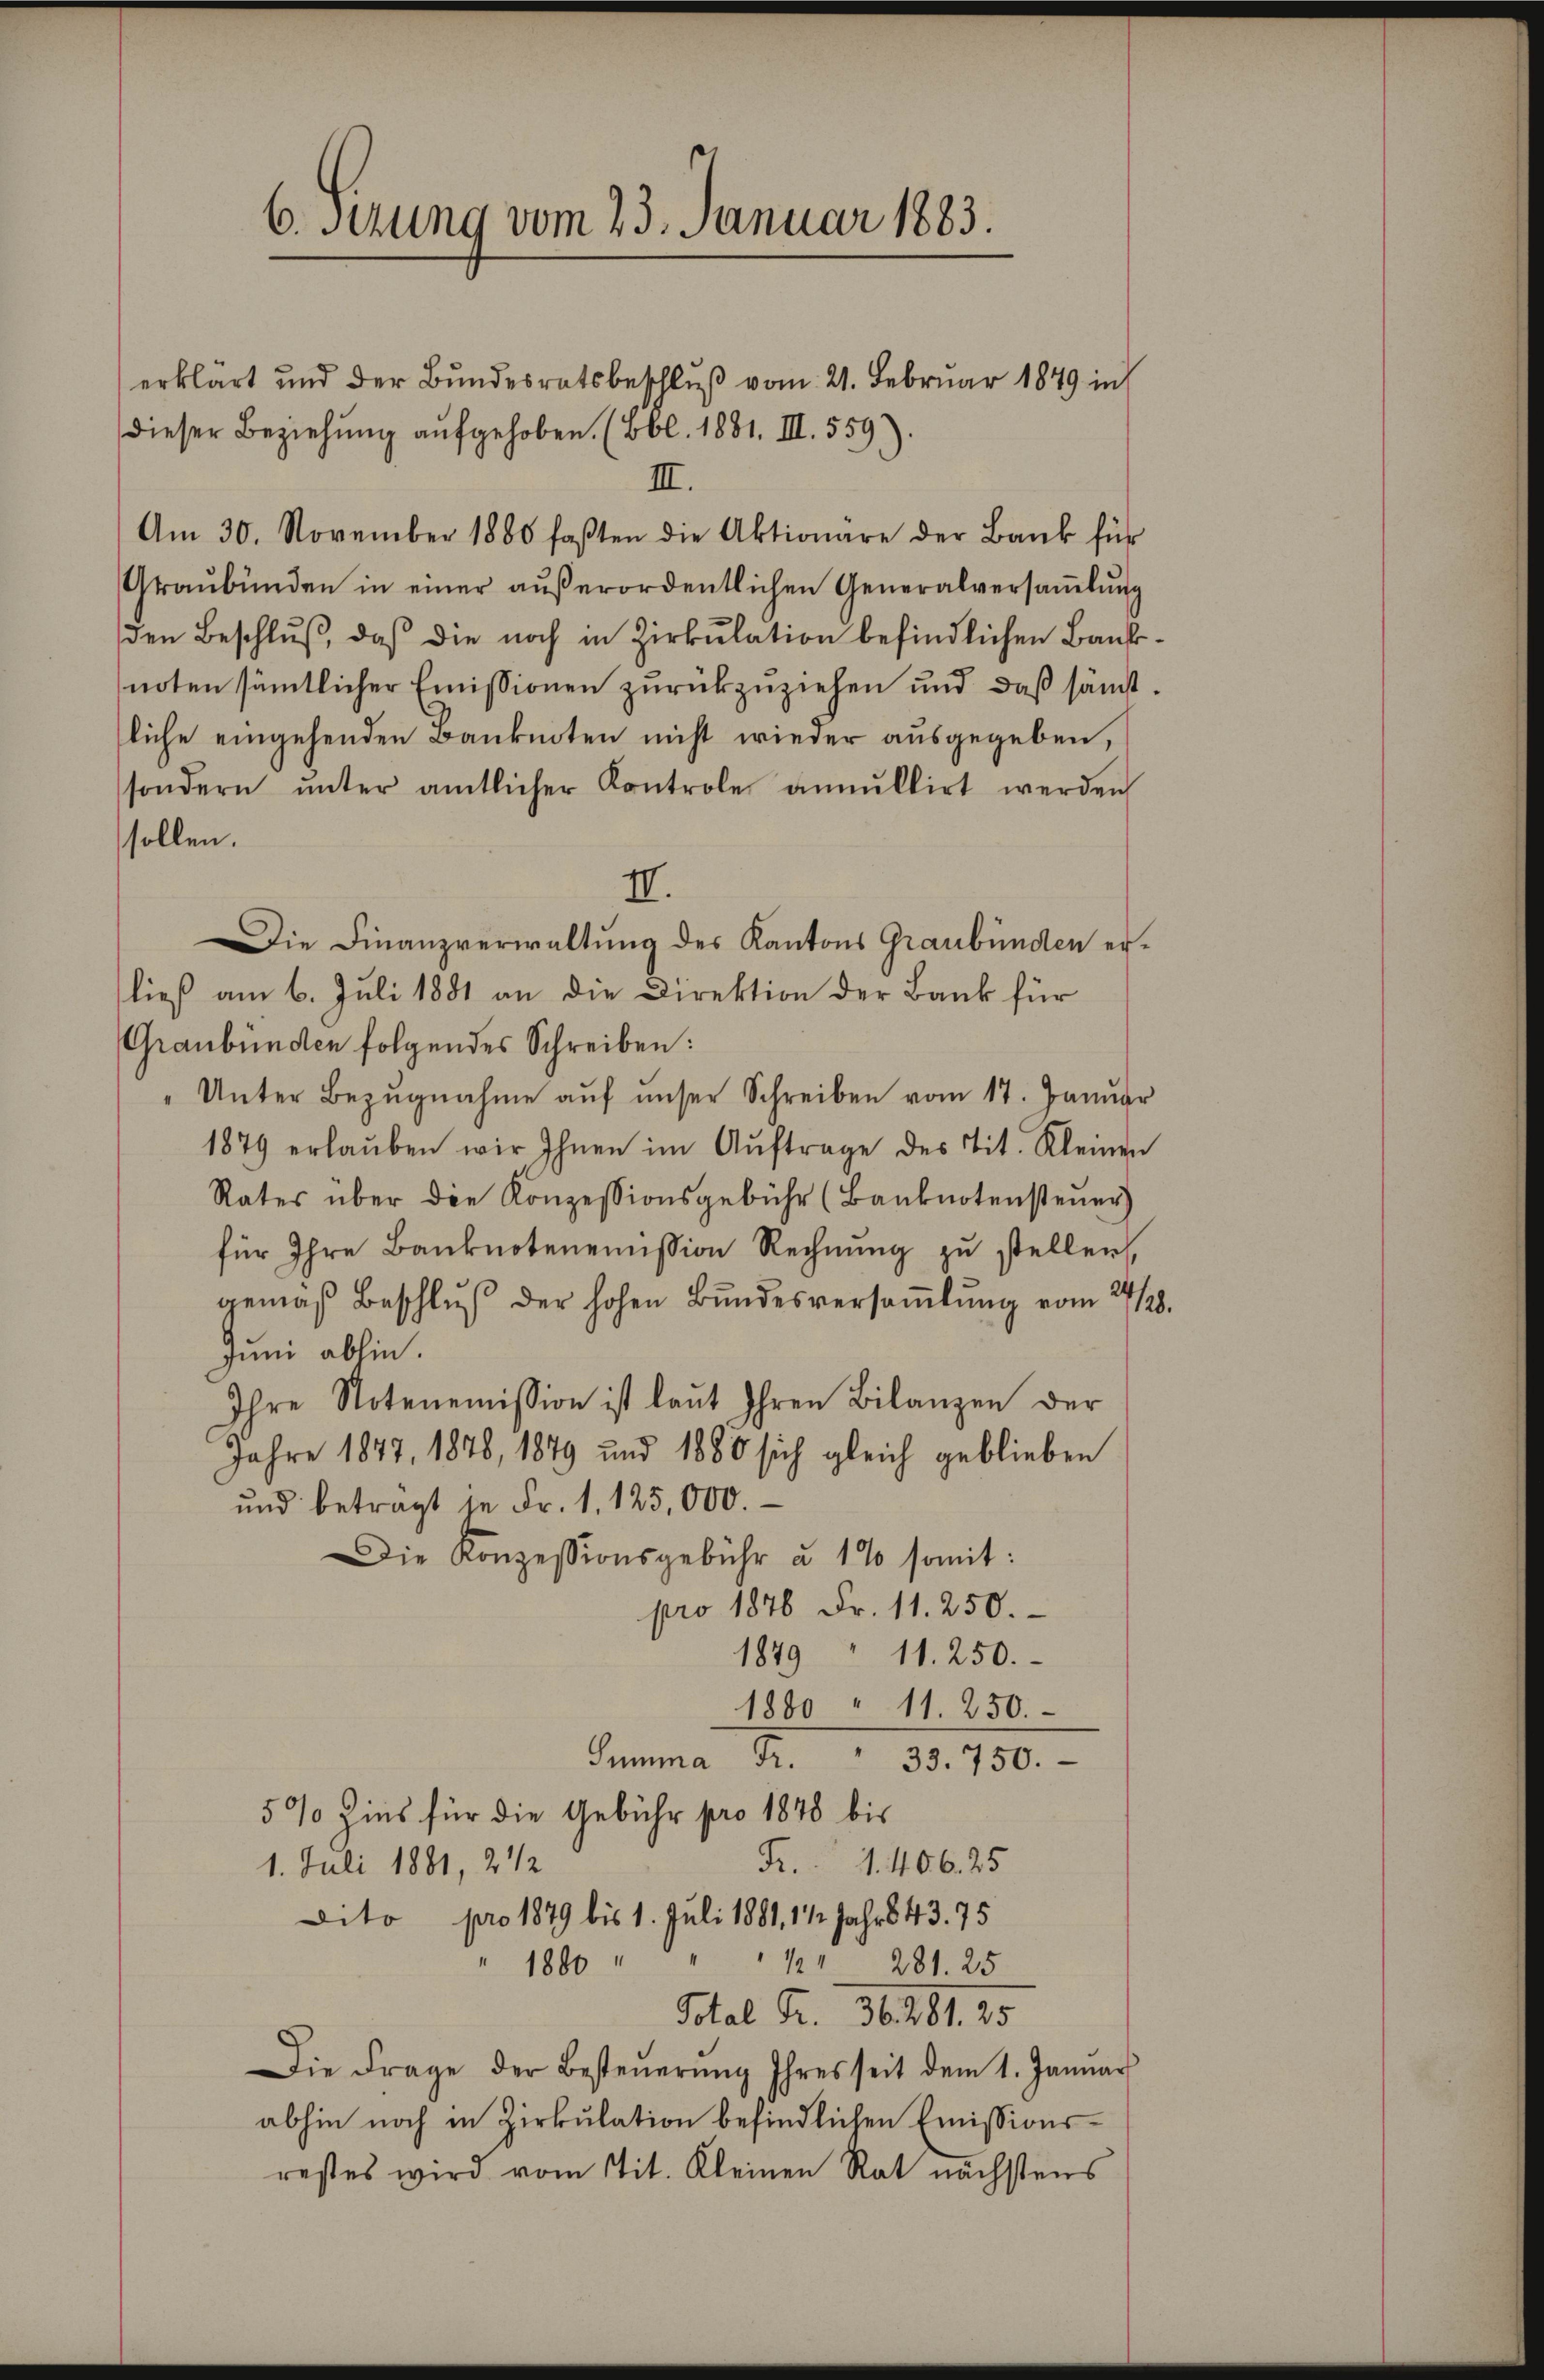
6. Sezung vom 23. Januar 1883.

erklärt und der Bundesratsbeschluß vom 21. Februar 1849 in
dieser Beziehung aufgehoben. (Bbl. 1881. III. 559).
III.
Am 30. November 1880 faßten die Aktionare der Bank für
Graŭbünden in einer aŭβerordentlichen Generalversaṁlŭng
den Beschluß, daß die noch in Zirkulation befindlichen Banknoten sämmtlicher Emissionen zurückzuziehen und daß sämtliche eingehenden Banknoten nicht wieder ausgegeben,
sondern ŭnter amtlicher Kontrole annullirt werden
sollen.
II.
Die Finanzverwaltung des Kantons Graubünden erließ am 6. Juli 1881 an die Direktion der Bank für
Graubünden folgendes Schreiben:
Unter Bezŭgnahme aŭf unser Schreiben vom 17. Januar
1879 erlaŭben wir Ihnen im Aŭftrage des tit. Kleinen
Rates über die Konzessionsgebühr (Banknotensteŭer)
für Ihre Banknotenemission Rechnung zu stellen,
gemäß Beschluß der hohen Bundesversaṁlŭng vom 4/28.
Juni abhin.
Ihre Notenemission ist laŭt Ihren Bilanzen der
Jahre 1847, 1878, 1879 und 1880 sich gleich geblieben
und betragt se Fr. 1. 125,000.
Die Konzessionsgebühr à 1% somit:
pro 1876 Fr. 11. 250.
1849 " 11. 250.
1880 " 11. 250.
Bemma 1. Bd. 130.
5% Zins für die Gebühr pro 1848 bis
Fr. 1. 406. 25
1. Juli 1881, 2 1/2
Dito pro 1879 bis 1. Juli 1881, 112 Jahr 43. 75
1. 281. 25
1880
Total Fr. 36. 281. 25
Die Frage der Besteŭerŭng Ihres seit dem 1. Januar
abhin noch in Zirkulation befindlichen Emissionsrestes wird vom Tit. Kleinen Rat nächstens